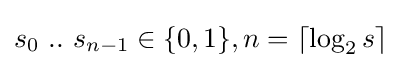
s_{0}~..~s_{n-1}\in \{0,1\},n=\lceil \log _{2}{s}\rceil